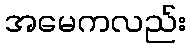
အမေကလည်း